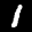
Label: 1